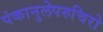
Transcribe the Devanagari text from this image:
पंकानुलेपरुचिरो